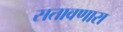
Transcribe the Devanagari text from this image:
सतावणारा